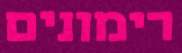
רימונים